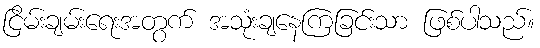
ငြိမ်းချမ်းရေးအတွက် အသုံးချနေကြခြင်းသာ ဖြစ်ပါသည်။